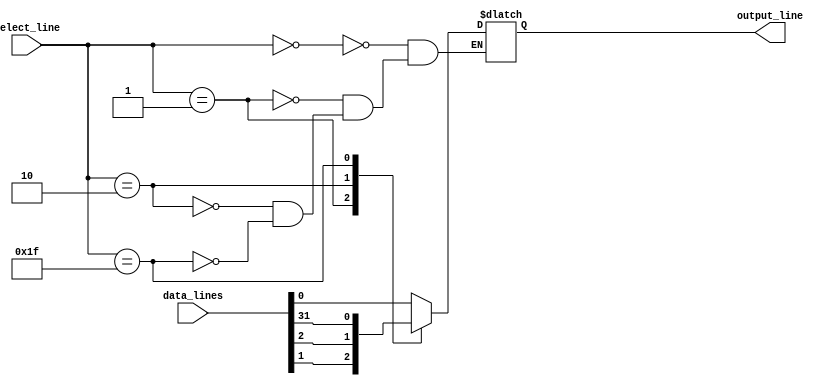
module multiplexer_32to1 (
    input [31:0] data_lines,
    input [4:0] select_line,
    output reg output_line
);

always @(*) begin
    case (select_line)
        5'b00000: output_line = data_lines[0];
        5'b00001: output_line = data_lines[1];
        5'b00010: output_line = data_lines[2];
        // Add cases for the remaining data lines up to 31
        5'b11111: output_line = data_lines[31];
    endcase
end

endmodule